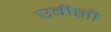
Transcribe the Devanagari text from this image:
एवीसी